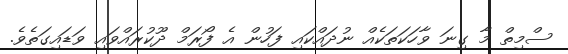
ސްމިތް މާ ގިނަ ވާހަކަތަކެއް ނުދައްކައި ފަހުން އެ ފޯރަމް ދޫކުރައްވައި ވަޑައިގަތެވެ.